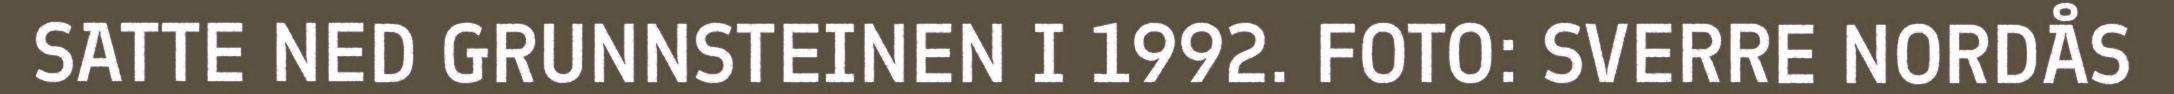
SATTE NED GRUNNSTEINEN I 1992. FOTO: SVERRE NORDÅS